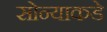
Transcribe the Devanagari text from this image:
सोन्याकडे